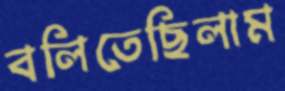
বলিতেছিলাম